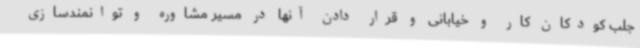
جلب کودکان کار و خیابانی و قرار دادن آنها در مسیر مشاوره و توانمندسازی